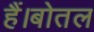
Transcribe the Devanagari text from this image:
हैं।बोतल